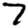
Digit: 7